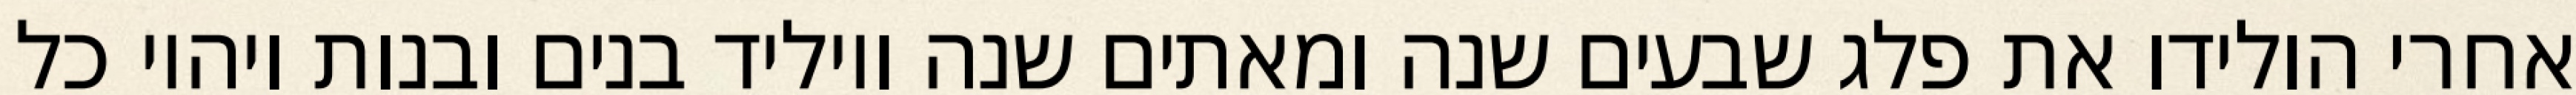
אחרי הולידו את פלג שבעים שנה ומאתים שנה ויוליד בנים ובנות ויהיו כל